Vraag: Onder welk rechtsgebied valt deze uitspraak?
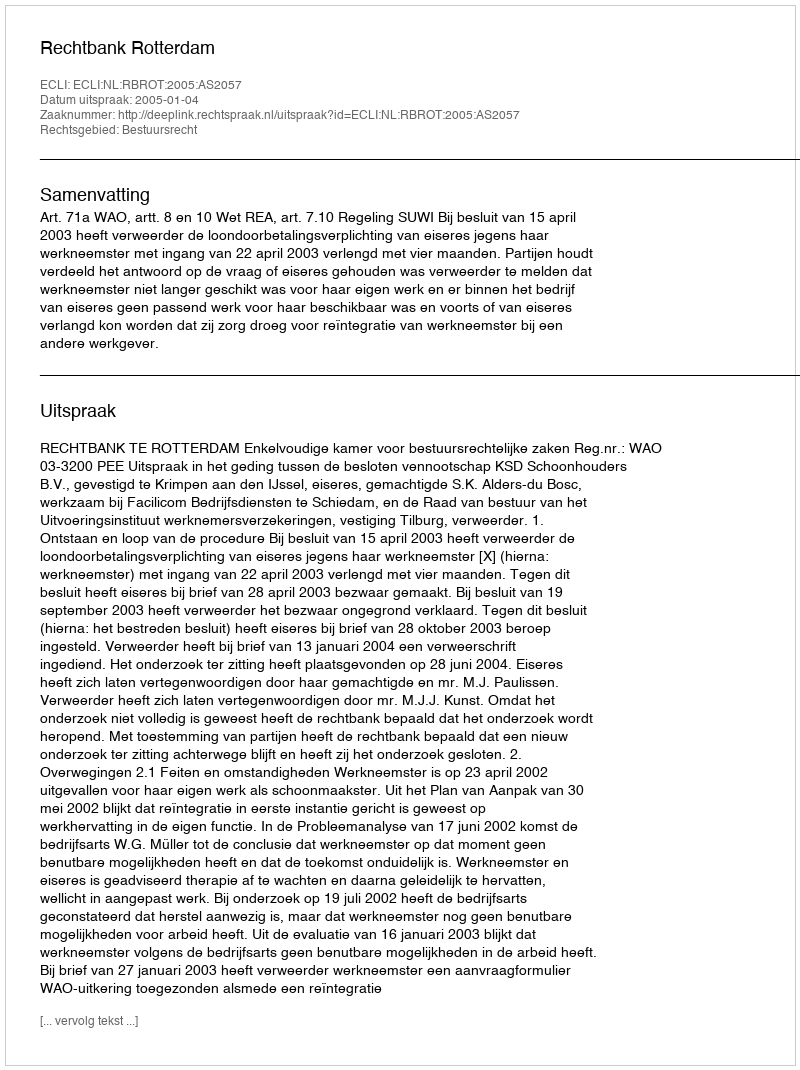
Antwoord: Bestuursrecht